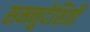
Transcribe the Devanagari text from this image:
समनुदेशिती